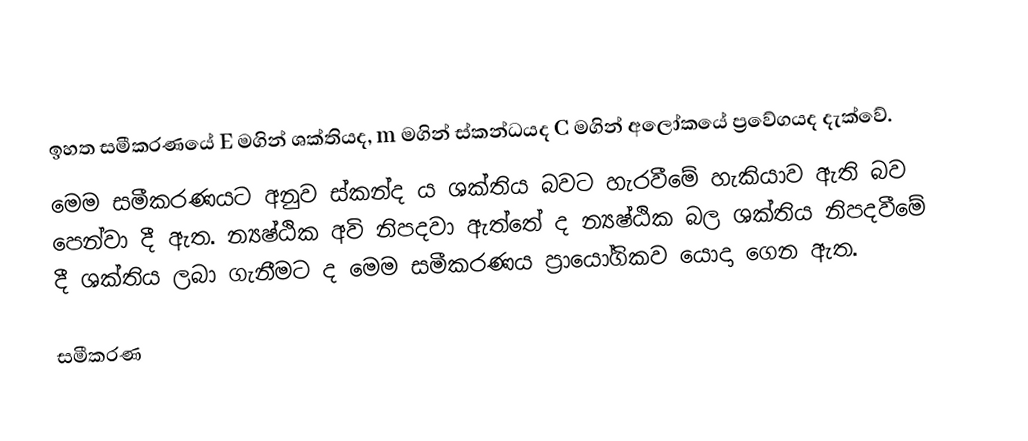
ඉහත සමීකරණයේ E මගින් ශක්තියද, m මගින් ස්කන්ධයද  C මගින් අලෝකයේ ප්‍රවේගයද දැක්වේ.
මෙම සමීකරණයට අනුව ස්කන්ද ය ශක්තිය බවට හැරවීමේ හැකියාව ඇති බව පෙන්වා දී ඇත. න්‍යෂ්ඨික අවි නිපදවා ඇත්තේ ද න්‍යෂ්ඨික බල ශක්තිය නිපදවීමේ දී ශක්තිය ලබා ගැනීමට ද මෙම සමීකරණය ප්‍රායෝගිකව යොදා ගෙන ඇත.

සමීකරණ